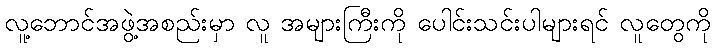
လူ့ဘောင်အဖွဲ့အစည်းမှာ လူ အများကြီးကို ပေါင်းသင်းပါများရင် လူတွေကို